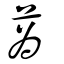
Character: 蔿